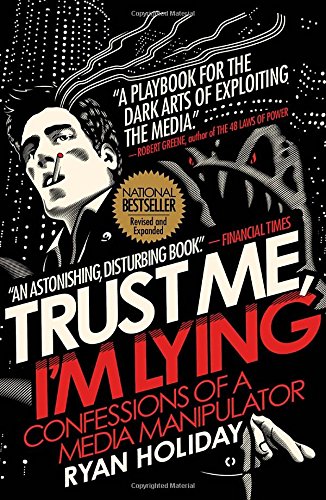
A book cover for Trust Me, I'm Lying: Confessions of a Media Manipulator; Ryan Holiday; Computers & Technology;